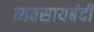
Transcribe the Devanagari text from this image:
व्यवसायबंदी